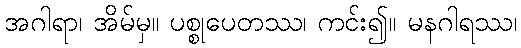
အဂါရာ၊ အိမ်မှ။ ပစ္စုပေတဿ၊ ကင်း၍။ မနဂါရဿ၊